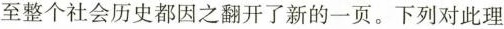
至整个社会历史都因之翻开了新的一页。下列对此理